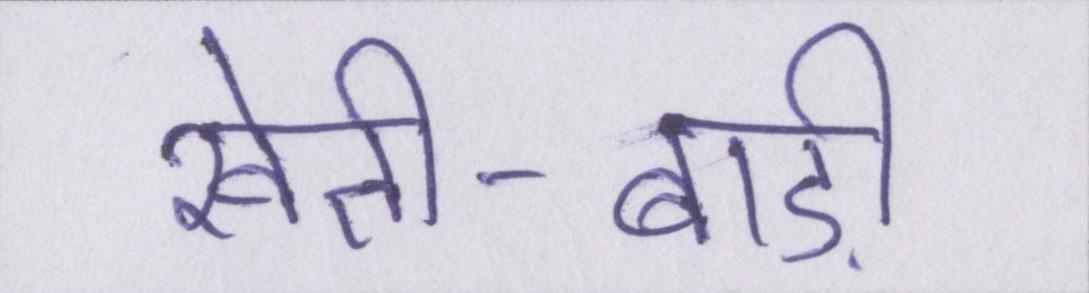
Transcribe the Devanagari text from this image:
खेती-बाड़ी